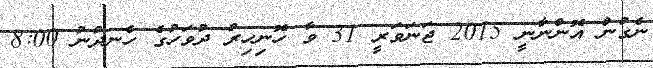
ނެގުން އޮންނާނީ 2015 ޖަނަވަރީ 31 ވާ ހޮނިހިރު ދުވަހުގެ ހެނދުނު 8:00